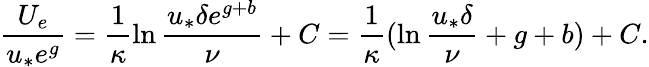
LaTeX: \frac{U_{e}}{u_{*}e^{g}}=\frac{1}{\kappa}\ln\frac{u_{*}\delta e^{g+b}}{\nu}+C=\frac{1}{\kappa}(\ln\frac{u_{*}\delta}{\nu}+g+b)+C.